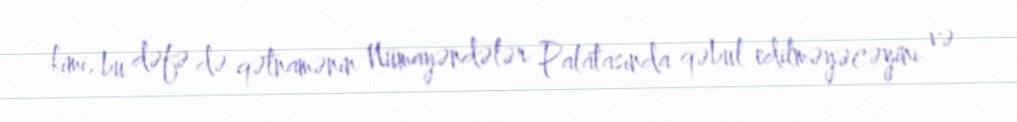
kimi, bu dəfə də qətnamənin Nümayəndələr Palatasında qəbul edilməyəcəyini və